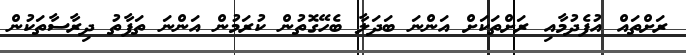
ރަށްތައް އުފެދުމާއި ރަށްތަކަށް އަންނަ ބަދަލާ ބެހޭގޮތުން ކުރަމުން އަންނަ ތަފާތު ދިރާސާތަކުން